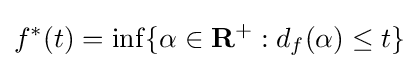
f^{\ast }(t)=\inf\{\alpha \in \mathbf {R} ^{+}:d_{f}(\alpha )\leq t\}